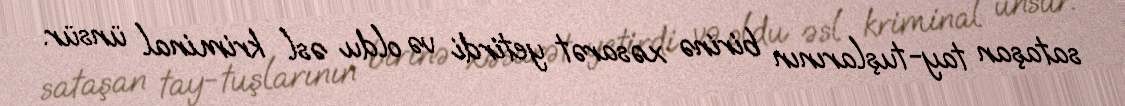
sataşan tay-tuşlarının birinə xəsarət yetirdi və oldu əsl kriminal ünsür.